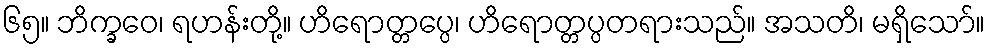
၆၅။ ဘိက္ခဝေ၊ ရဟန်းတို့။ ဟိရောတ္တပ္ပေ၊ ဟိရောတ္တပ္ပတရားသည်။ အသတိ၊ မရှိသော်။